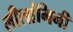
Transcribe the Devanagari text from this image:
लीलांगिनी